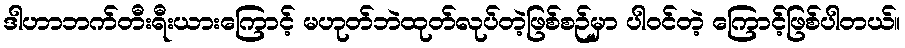
ဒါဟာဘက်တီးရီးယားကြောင့် မဟုတ်ဘဲထုတ်လုပ်တဲ့ဖြစ်စဉ်မှာ ပါဝင်တဲ့ ကြောင့်ဖြစ်ပါတယ်။